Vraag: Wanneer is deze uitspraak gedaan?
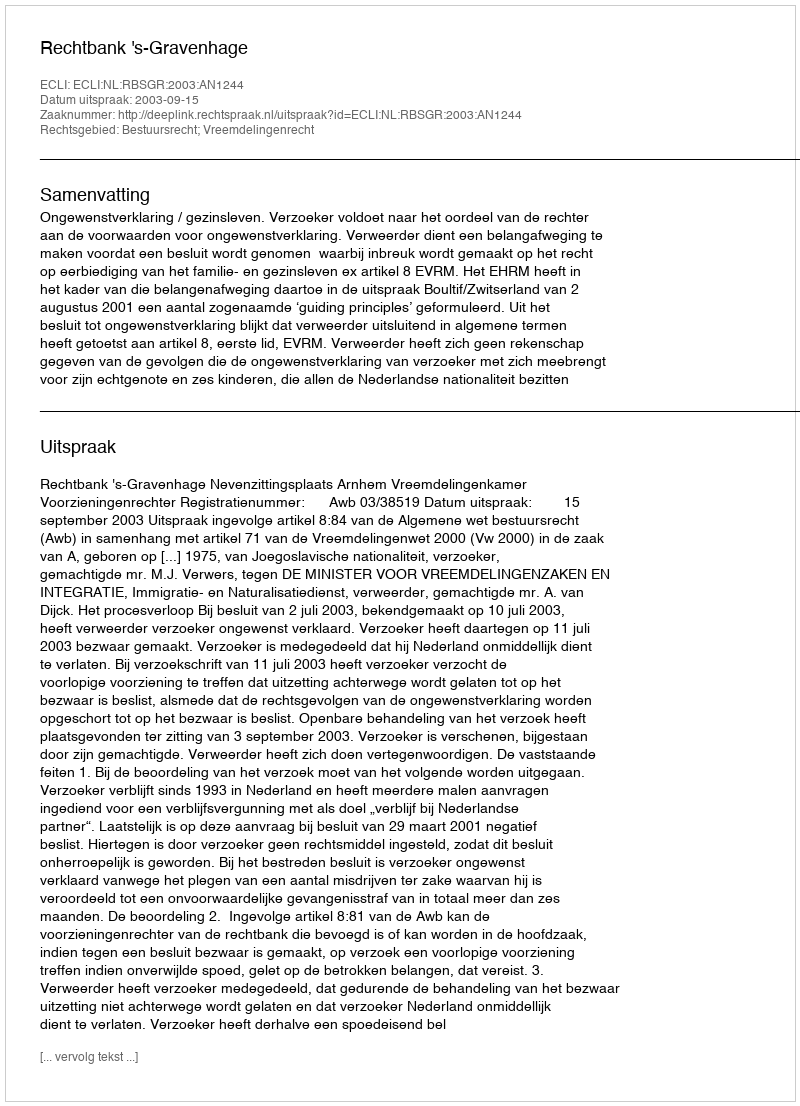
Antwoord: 2003-09-15